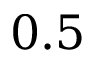
0 . 5